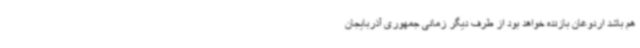
هم باشد اردوغان بازنده خواهد بود از طرف دیگر زمانی جمهوری آذربایجان